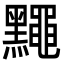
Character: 䵴